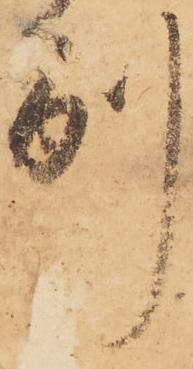
別